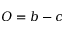
O = b - c